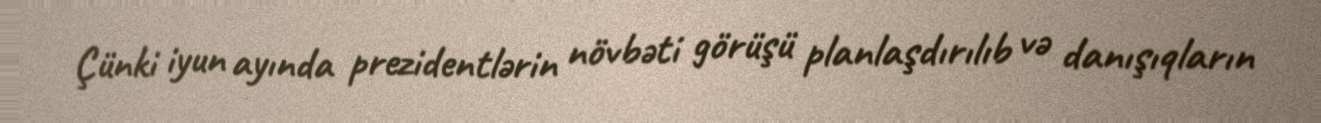
Çünki iyun ayında prezidentlərin növbəti görüşü planlaşdırılıb və danışıqların